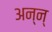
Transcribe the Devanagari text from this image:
अन्न्